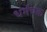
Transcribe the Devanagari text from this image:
धर्मचक